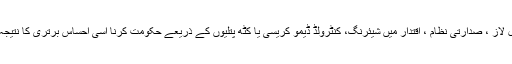
مارشل لاز ، صدارتی نظام ، اقتدار میں شیئرنگ، کنٹرولڈ ڈیمو کریسی یا کٹھ پتلیوں کے ذریعے حکومت کرنا اسی احساس برتری کا نتیجہ ہے ۔